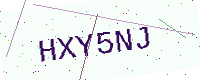
Text: HXY5NJ